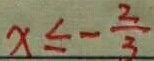
x \leq - \frac { 2 } { 3 }